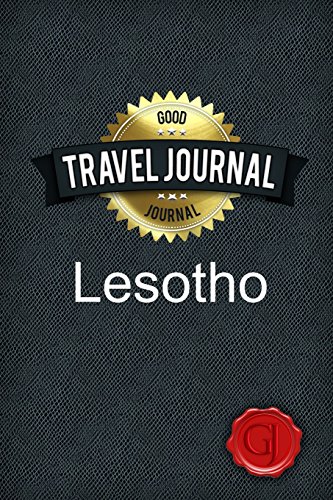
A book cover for Travel Journal Lesotho; Good Journal; Travel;